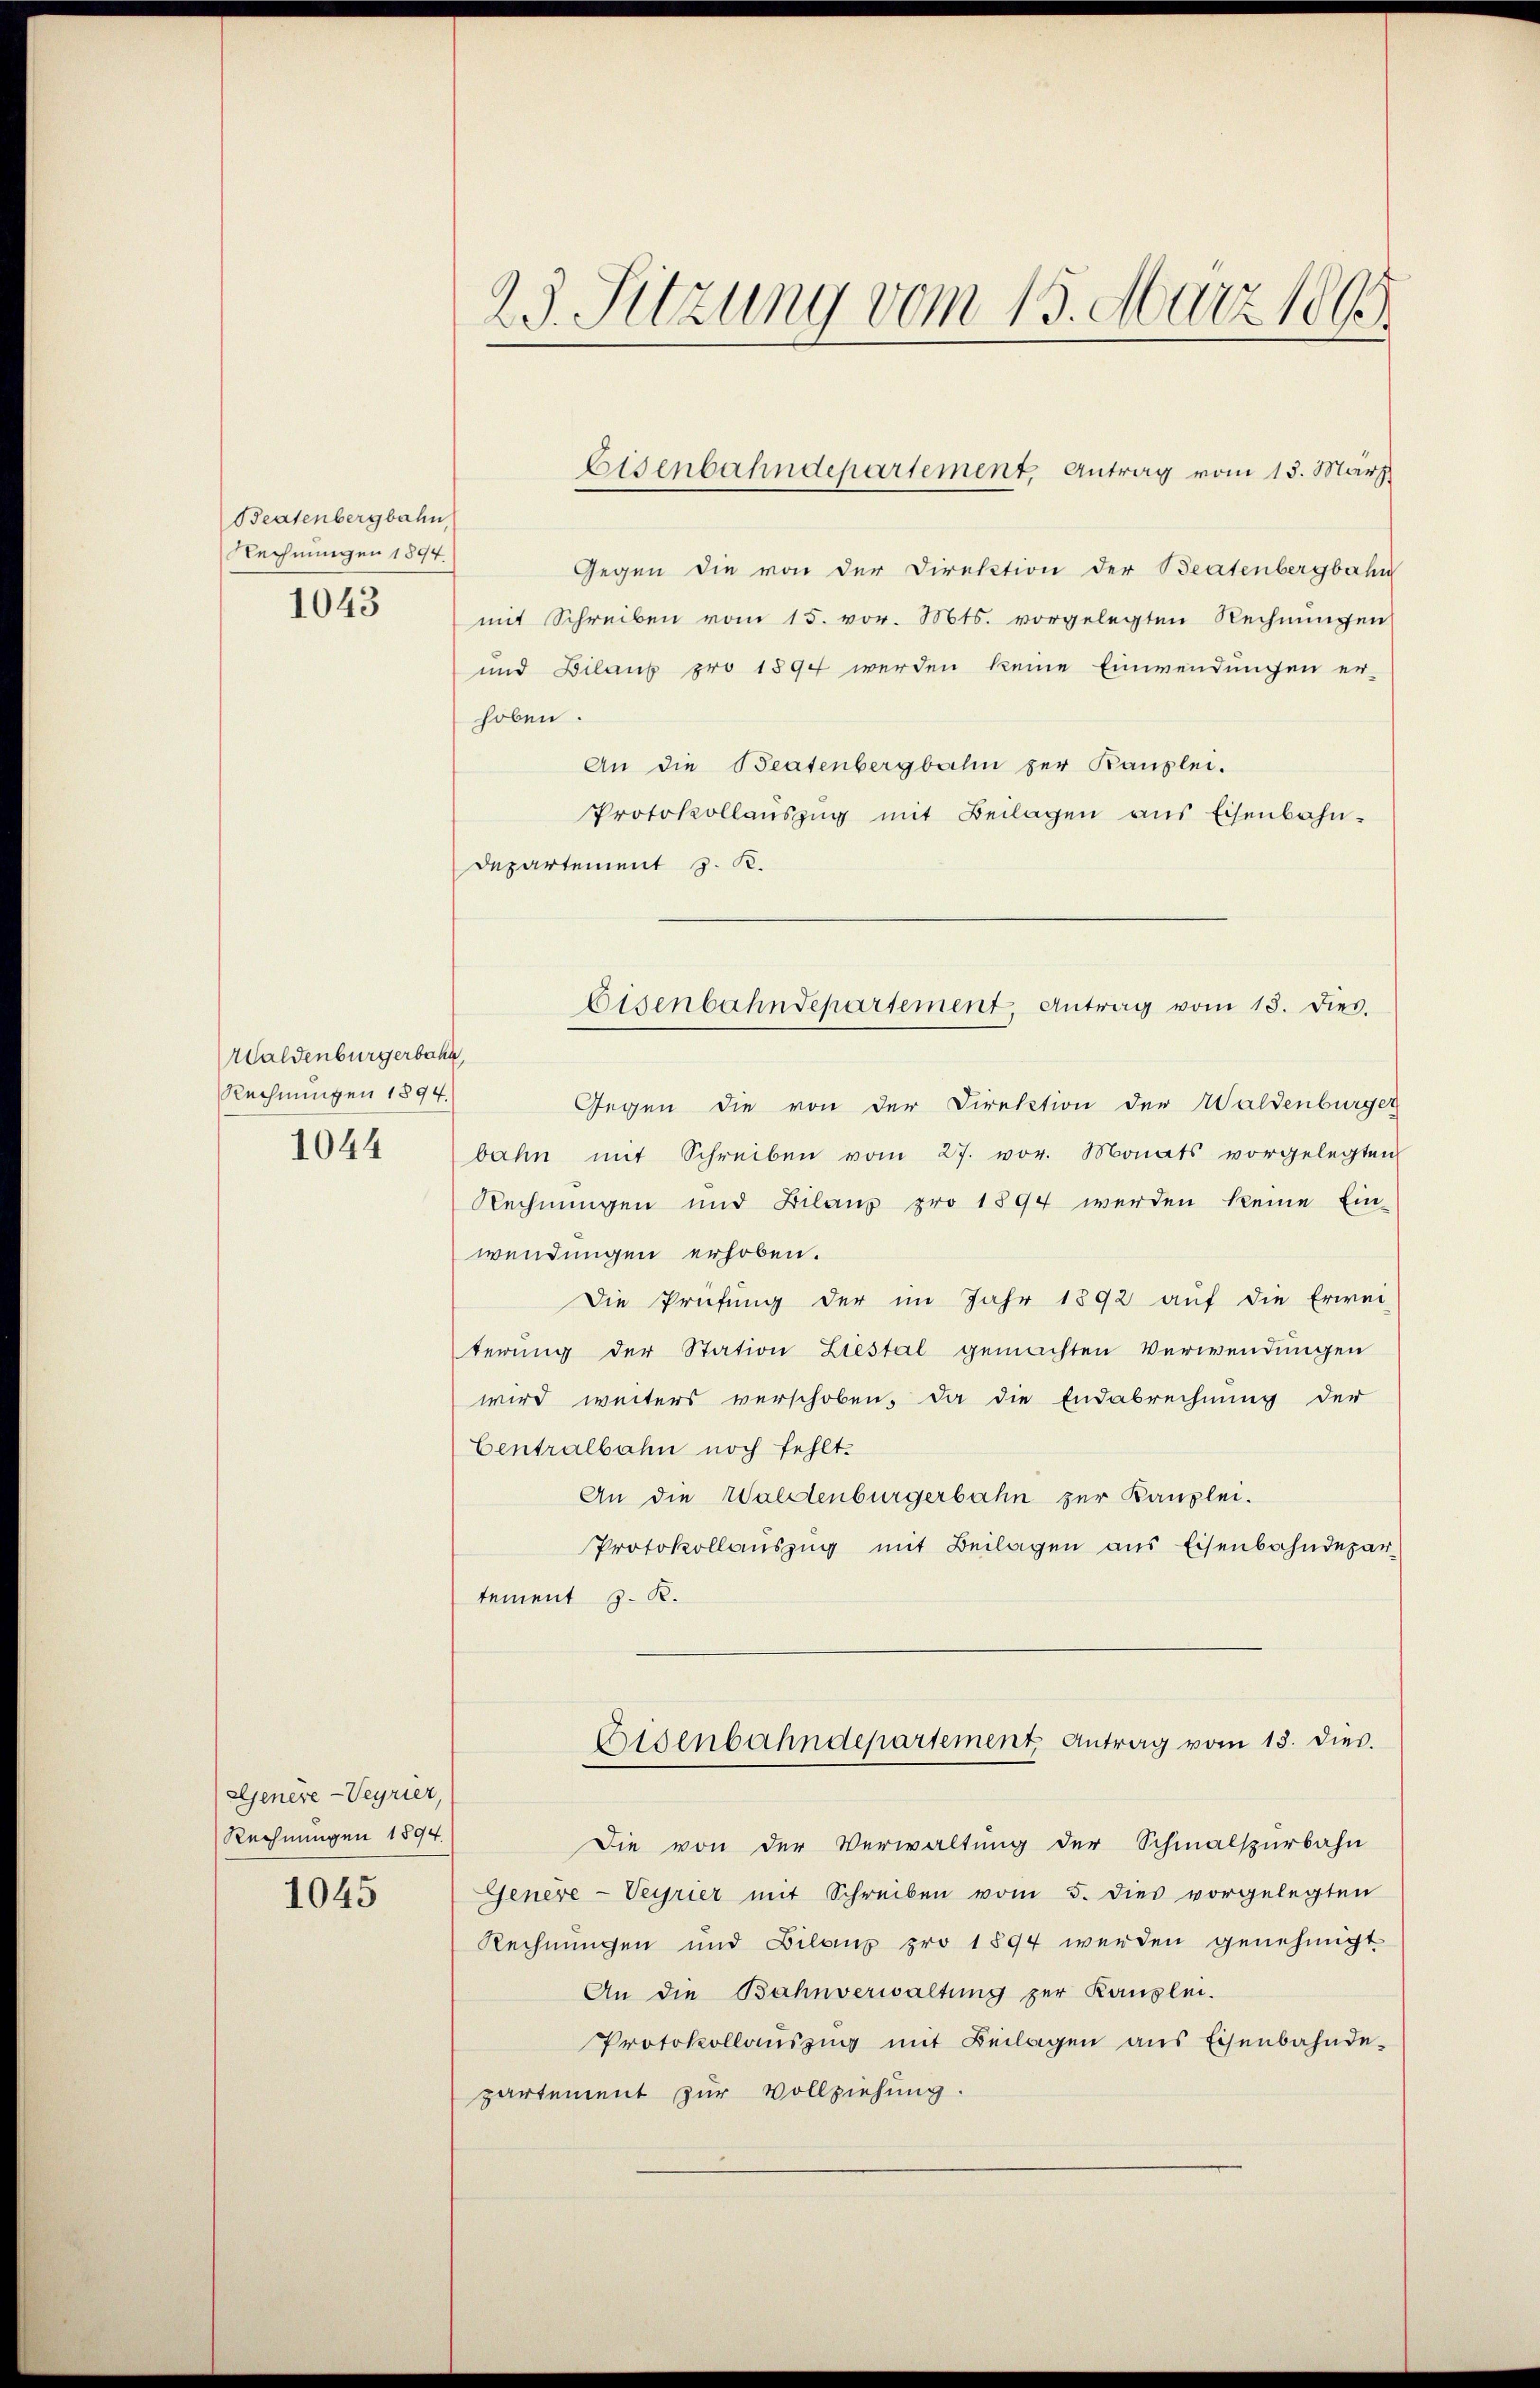
Beatenbergbahn
Rechnungen 1894.
1043

Waldenburgerbahn,
Rechnungen 1894.
1044

Gljenere -Veyrier,
Rechnungen 1894.
1045

23. Sitzung vom 15. März 1865.

Gegen die von der Direktion der Beatenbergbahn
mit Schreiben vom 15. vor. Mts. vorgelegten Rechnungen
und Bilanz pro 1894 werden keine Einwendungen er-
hoben.
An die Beatenbergbahn zur Kanzlei.
Protokollauszug mit Beilagen aus Eisenbahn¬
Departement J. K.
Gegen die von der Direktion der Waldenburger
bahn mit Schreiben vom 27. vor. Monats vorgelegten
Rechnungen und Filanz pro 1894 werden keine Ein-
wendungen erhoben.
Die Prüfung der im Jahr 1892 auf die Erwei-
terung der Station Liestal gemachten Verwendungen
wird weiters verschoben, da die Endebrechnung der
Centralbahn noch fehlt.
An die Waldenburgerbahn zur Kanzlei.
Protokollauszug mit Beilagen aus Eisenbahndepar-
tement J. R.
Eisenbahndepartement Antrag vom 13. dies.
Die von der Verwaltung der Schmalspurbahn
Genere-Veyrier mit Schreiben vom 5. dies vorgelegten
Rechnungen und Bilanz pro 1894 werden genehmigt
An die Bahnverwaltung zur Kanzlei-
Protokollauszug mit Beilagen aus Eisenbahnde-
partement zur Vollziehung.

Eisenbahndepartement, Antrag vom 13. März

Eisenbahndepartement, Antrag vom 13. dies.